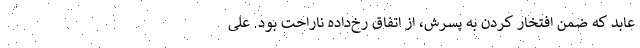
عابد که ضمن افتخار کردن به پسرش، از اتفاق رخ‌داده ناراحت بود. علی